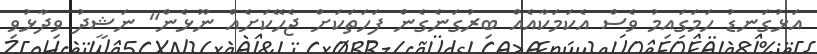
އަޅުގަނޑު ހަމަގައިމު ވެސް އެކަމަކާއެއް ބިރުގަނެގެން ފަހަތަކަށް ޖެހޭކަށެއް ނޫޅެން" ނަޝީދު ވިދާޅުވި